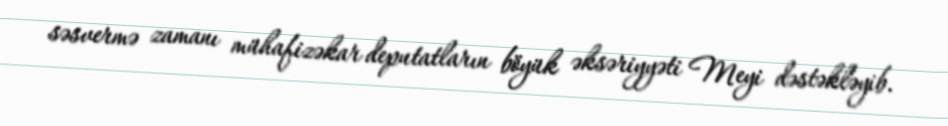
səsvermə zamanı mühafizəkar deputatların böyük əksəriyyəti Meyi dəstəkləyib.